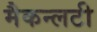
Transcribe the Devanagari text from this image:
मैकन्लटी